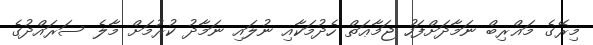
މިރޭގެ މަޣްރިބް ނަމާދަށްފަހު ޖަމާޢަތް ހެދުމަކާއި ނުލައި ނަމާދު ކުރުމަށް މާލެ ސަރައްދުގެ